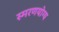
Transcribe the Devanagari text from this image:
स्मरणयोग्य